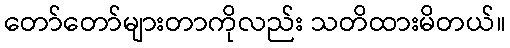
တော်တော်များတာကိုလည်း သတိထားမိတယ်။